Civil Veterinary Dept. North-West Frontier Province 1933-46 - 1933-1946
Year: 1933
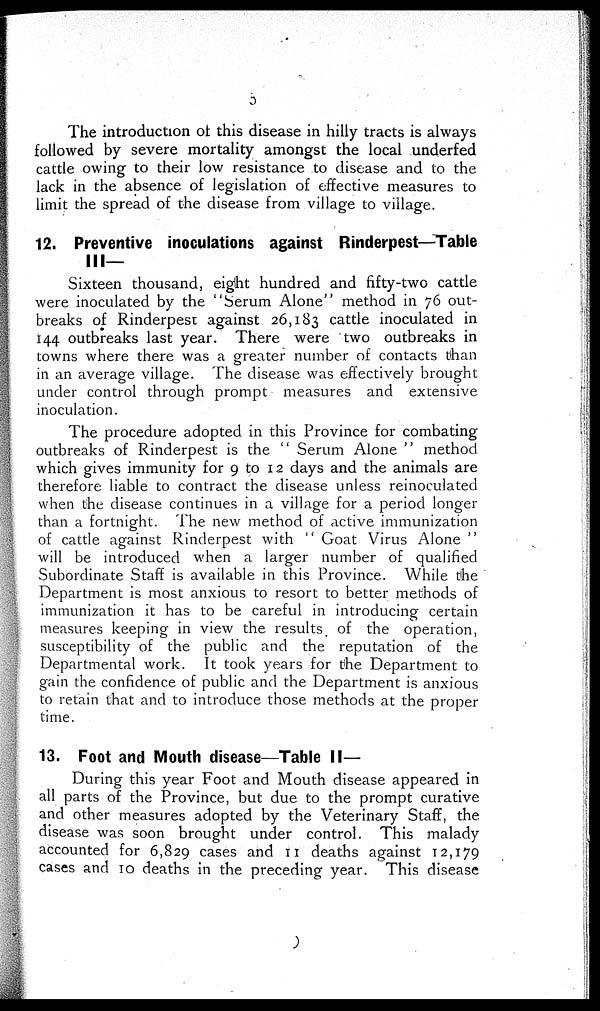
3
The introduction of this disease in hilly tracts is always
followed by severe mortality amongst the local underfed
cattle owing to their low resistance to disease and to the
lack in the absence of legislation of effective measures to
limit the spread of the disease from village to village.
12. Preventive inoculations against Rinderpest—Table
III—
Sixteen thousand, eight hundred and fifty-two cattle
were inoculated by the "Serum Alone" method in 76 out-
breaks of Rinderpest against 26,183 cattle inoculated in
144 outbreaks last year. There were two outbreaks in
towns where there was a greater number of contacts than
in an average village. The disease was effectively brought
under control through prompt measures and extensive
inoculation.
The procedure adopted in this Province for combating
outbreaks of Rinderpest is the "Serum Alone" method
which gives immunity for 9 to 12 days and the animals are
therefore liable to contract the disease unless reinoculated
when the disease continues in a village for a period longer
than a fortnight. The new method of active immunization
of cattle against Rinderpest with "Goat Virus Alone
will be introduced when a larger number of qualified
Subordinate Staff is available in this Province. While the
Department is most anxious to resort to better methods of
immunization it has to be careful in introducing certain
measures keeping in view the results of the operation,
susceptibility of the public and the reputation of the
Departmental work. It took years for the Department to
gain the confidence of public and the Department is anxious
to retain that and to introduce those methods at the proper
time.
13. Foot and Mouth disease—Table II—
During this year Foot and Mouth disease appeared in
all parts of the Province, but due to the prompt curative
and other measures adopted by the Veterinary Staff, the
disease was soon brought under control. This malady
accounted for 6,829 cases and 11 deaths against 12,179
cases and 10 deaths in the preceding year. This disease